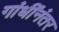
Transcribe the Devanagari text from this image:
गांधींनंतर